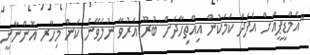
"އެމްޑީޕީއަށް އެފަދަ ކަމަކުން އިއްތިހާދަށް ބުރޫ އަރުވާ ނުލެވޭނެ ކަން މިހާރ އޮންނާނީ